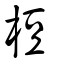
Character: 梪